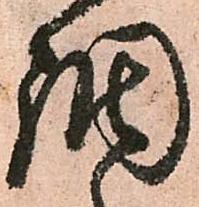
調